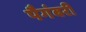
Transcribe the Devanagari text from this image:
पैगंबरी